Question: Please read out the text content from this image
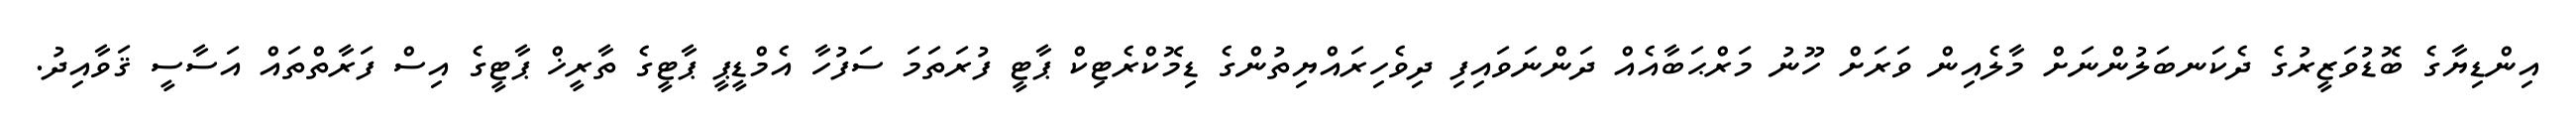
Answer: އިންޑިޔާގެ ބޮޑުވަޒީރުގެ ދެކަނބަލުންނަށް މާލެއިން ވަރަށް ހޫނު މަރްޙަބާއެއް ދަންނަވައިފި ދިވެހިރައްޔިތުންގެ ޑިމޮކްރެޓިކް ޕާޓީ ފުރަތަމަ ސަފުހާ އެމްޑީޕީ ޕާޓީގެ ތާރީޚް ޕާޓީގެ އިސް ފަރާތްތައް އަސާސީ ޤަވާއިދު.